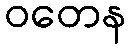
ဝတေန